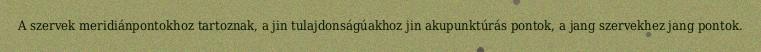
A szervek meridiánpontokhoz tartoznak, a jin tulajdonságúakhoz jin akupunktúrás pontok, a jang szervekhez jang pontok.